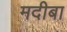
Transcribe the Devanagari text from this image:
मदीबा